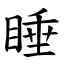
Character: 睡